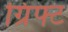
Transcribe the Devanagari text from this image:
ग्रिफ्ट